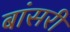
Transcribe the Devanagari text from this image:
बांसरी